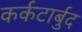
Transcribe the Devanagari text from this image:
कर्कटार्बुद